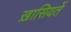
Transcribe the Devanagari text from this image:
ख़ासियतें